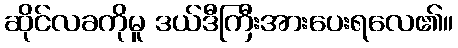
ဆိုင်လခကိုမူ ဒယ်ဒီကြီးအားပေးရလေ၏။